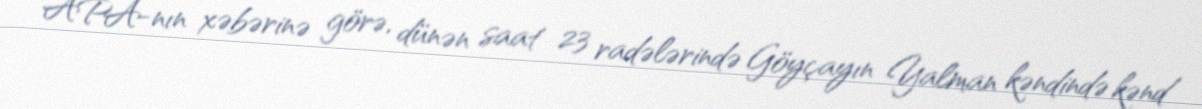
APA-nın xəbərinə görə, dünən saat 23 radələrində Göyçayın Yalman kəndində kənd